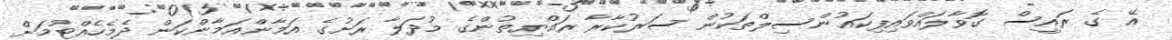
އޭ ގެ ރައީސް ގޮވާލައްވައިފިކައުންސިލްތަކުން ސަރުކާރާ ރައްޔިތުންގެ މުދަލާ ރަށުގެ އަމާންއަމާންކަން ދެމެހެއްޓުމަށް